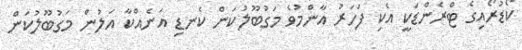
ކޯޑުރޯއިގެ ޓްރެންޑަކީ އެކި ފަހަރު އާންމުވެ މަގުބޫލުކަން ކެނޑި އަނެއްކާ އަލުން މަގުބޫލުކަން